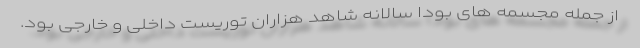
از جمله مجسمه های بودا سالانه شاهد هزاران توریست داخلی و خارجی بود.